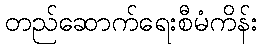
တည်ဆောက်ရေးစီမံကိန်း